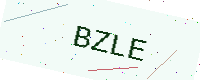
Text: BZLE